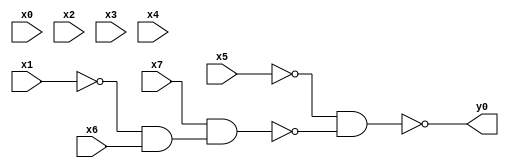
module top( x0 , x1 , x2 , x3 , x4 , x5 , x6 , x7 , y0 );
  input x0 , x1 , x2 , x3 , x4 , x5 , x6 , x7 ;
  output y0 ;
  wire n9 , n10 , n11 ;
  assign n9 = ~x1 & x6 ;
  assign n10 = x7 & n9 ;
  assign n11 = ~x5 & ~n10 ;
  assign y0 = ~n11 ;
endmodule